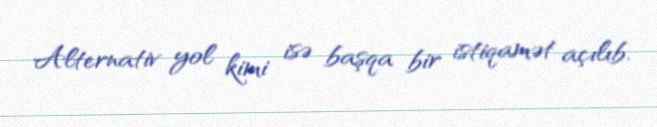
Alternativ yol kimi isə başqa bir istiqamət açılıb.